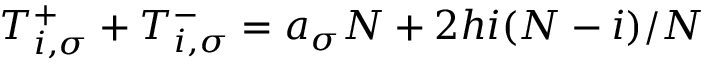
T _ { i , \sigma } ^ { + } + T _ { i , \sigma } ^ { - } = a _ { \sigma } N + 2 h i ( N - i ) / N